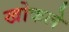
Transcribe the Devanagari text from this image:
खोकले